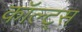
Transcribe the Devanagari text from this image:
कॉल्ट्स